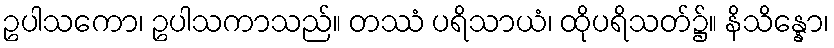
ဥပါသကော၊ ဥပါသကာသည်။ တဿံ ပရိသာယံ၊ ထိုပရိသတ်၌။ နိသိန္နော၊